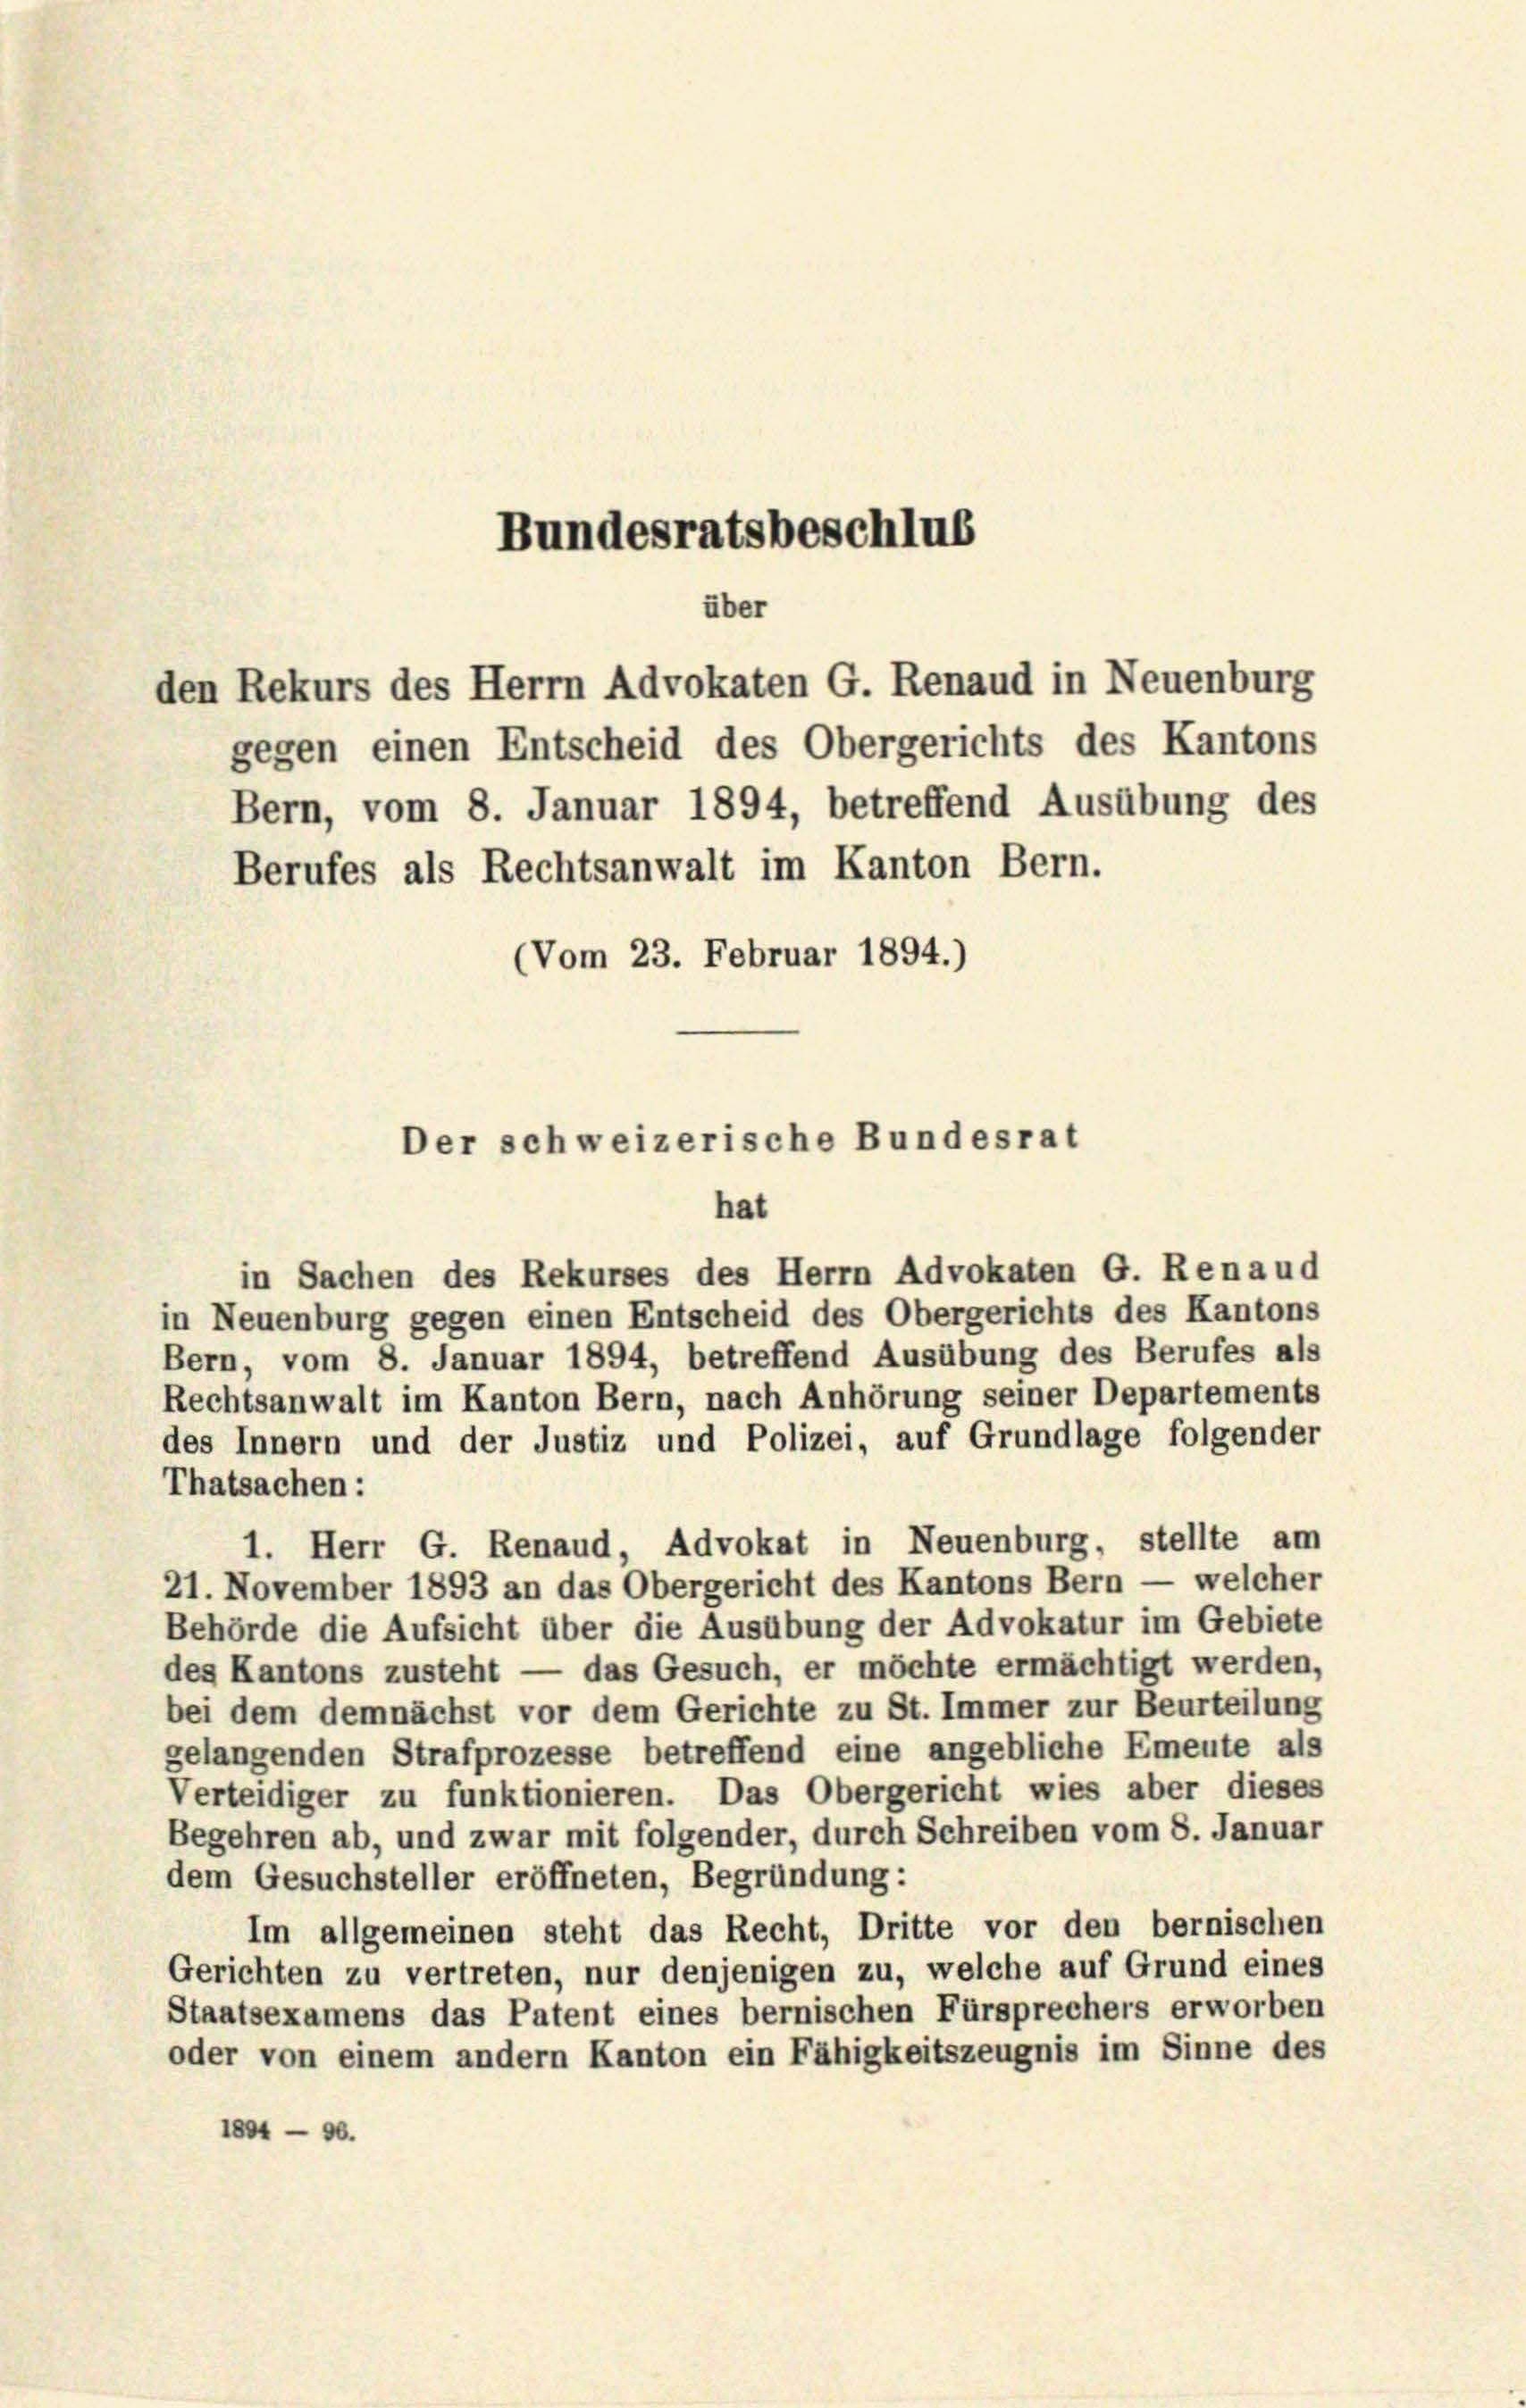
Bundesratsbeschlus

über
den Rekurs des Herrn Advokaten G. Renaud in Neuenburg

gegen einen Entscheid des Obergerichts des Kantons
Bern, vom 8. Januar 1894, betreffend Ausübung des
Berufes als Rechtsanwalt im Kanton Bern.
(Vom 23. Februar 1894.)

Der schweizerische Bundesrat

hat
in Sachen des Rekurses des Herrn Advokaten G. Renaud
in Neuenburg gegen einen Entscheid des Obergerichts des Kantons
Bern, vom 8. Januar 1894, betreffend Ausübung des Berufes als
Rechtsanwalt im Kanton Bern, nach Anhörung seiner Departements
des Innern und der Justiz und Polizei, auf Grundlage folgender
Thatsachen:
1. Herr G. Renaud, Advokat in Neuenburg, stellte am
21. November 1893 an das Obergericht des Kantons Bern — welcher
Behörde die Aufsicht über die Ausübung der Advokatur im Gebiete
des Kantons zusteht — das Gesuch, er möchte ermächtigt werden,
bei dem demnächst vor dem Gerichte zu St. Immer zur Beurteilung
gelangenden Strafprozesse betreffend eine angebliche Emeute als
Verteidiger zu funktionieren. Das Obergericht wies aber dieses
Begehren ab, und zwar mit folgender, durch Schreiben vom 8. Januar
dem Gesuchsteller eröffneten, Begründung:
Im allgemeinen steht das Recht, Dritte vor den bernischen
Gerichten zu vertreten, nur denjenigen zu, welche auf Grund eines
Staatsexamens das Patent eines bernischen Fürsprechers erworben
oder von einem andern Kanton ein Fähigkeitszeugnis im Sinne des
1804 — 96.